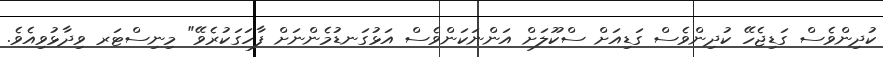
ކުދިންވެސް ގަޑިޖެހޭ ކުދިންވެސް ގަޑިއަށް ސްކޫލަށް އަންނަކަންވެސް އަޅުގަނޑުމެންނަށް ފާހަގަކުރެވޭ" މިނިސްޓަރ ވިދާޅުވިއެވެ.